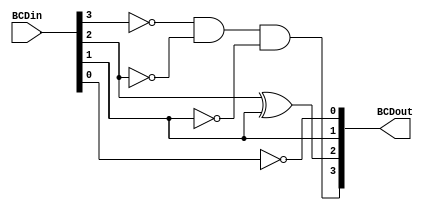
module Complement_9(BCDin,BCDout);


input [3:0]BCDin;
output [3:0]BCDout;

//assign z = ~d;
//assign y = c;
//assign x = b^c;
//assign w = ~a & ~b & ~c;

//BCDin 3 = a
//BCDin 2 = b
//BCDin 1 = c
//BCDin 0 = d
//--------------
//BCDout 3 = w
//BCDout 2 = x
//BCDout 1 = y
//BCDout 0 = z
	
assign BCDout[3] = ((~(BCDin[3])) & (~(BCDin[2])) & (~(BCDin[1])));
assign BCDout[2] = BCDin[2] ^ BCDin[1];
assign BCDout[1] = BCDin[1];
assign BCDout[0] = ~BCDin[0];

endmodule